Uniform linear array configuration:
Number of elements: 32
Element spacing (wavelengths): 0.25
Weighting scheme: cosine
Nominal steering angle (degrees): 15
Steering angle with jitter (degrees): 15.326
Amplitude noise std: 0.05
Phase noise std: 0.05

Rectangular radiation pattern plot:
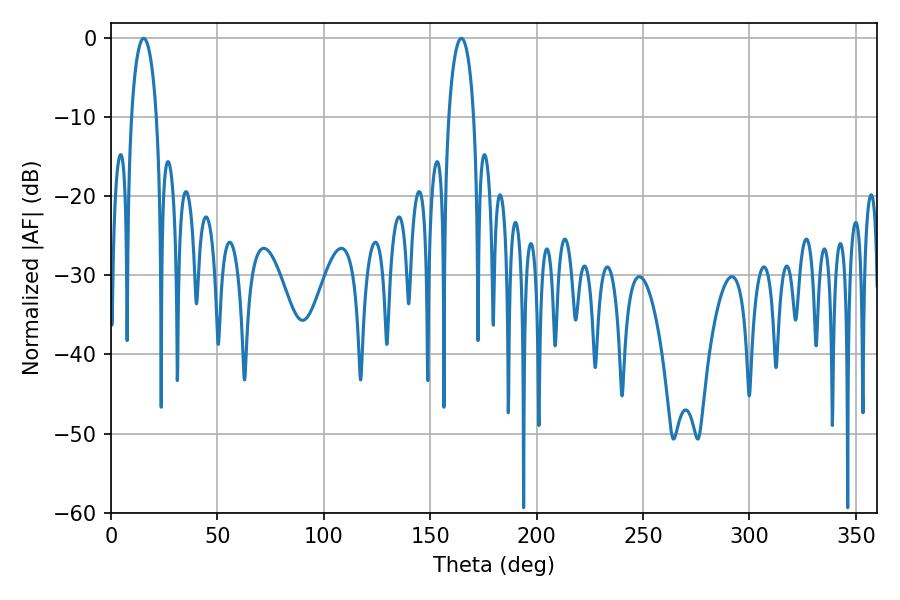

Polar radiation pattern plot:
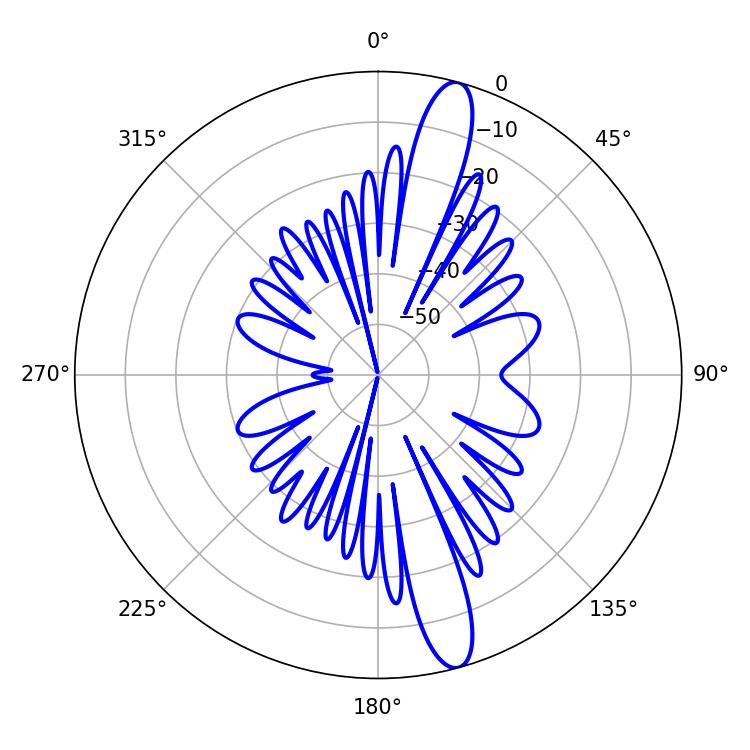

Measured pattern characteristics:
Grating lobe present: FALSE
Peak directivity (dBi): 14.594
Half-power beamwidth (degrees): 6.66
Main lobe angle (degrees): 15.3